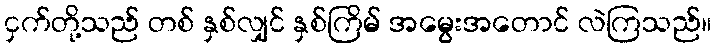
ငှက်တို့သည် တစ် နှစ်လျှင် နှစ်ကြိမ် အမွေးအတောင် လဲကြသည်။